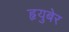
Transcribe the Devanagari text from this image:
हृयुबेर